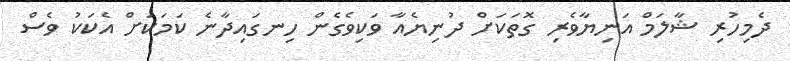
ދެމިހުރި ޝާލަމް އަނިޔާވެރި ގޮތަކަށް ދުނިޔެއާ ވަކިވެގެން ހިނގައިދާނެ ކަމަކަށް އެކަކު ވެސް